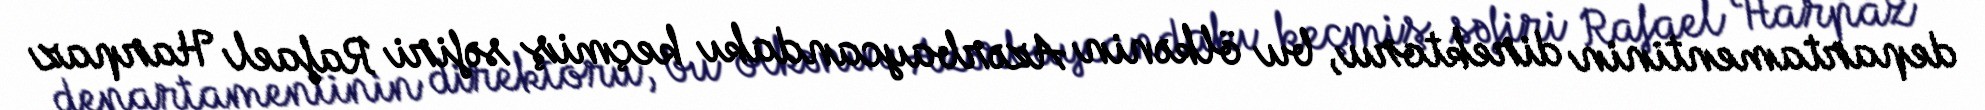
departamentinin direktoru, bu ölkənin Azərbaycandakı keçmiş səfiri Rafael Harpaz